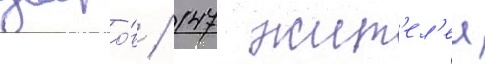
дворо́в / 147 жит'ел'еи